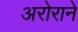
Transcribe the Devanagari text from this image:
अरोराने